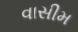
વાસીમ